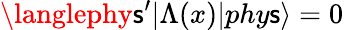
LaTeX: \langlephy\mathsf{s}^{\prime}|\Lambda(x)|phy\mathsf{s}\rangle=0